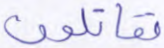
تقاتلون